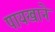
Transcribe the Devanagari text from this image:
पायखाने